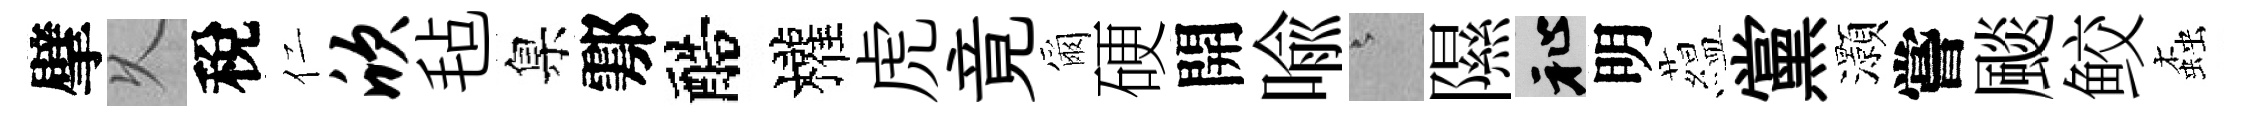
擘乆稅仁欣毡臬鄠醅權虎竟爾硬開喩澹隰祉明藴黨灝嘗颷鲛螙